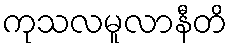
ကုသလမူလာနီတိ